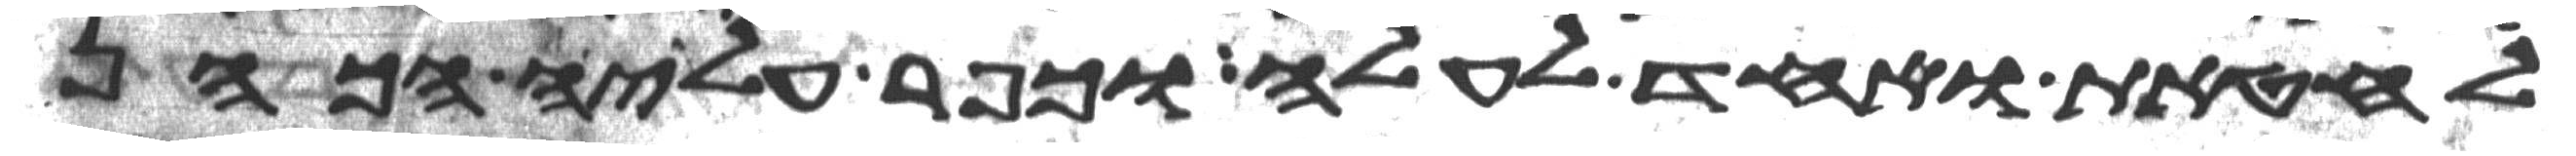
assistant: לחטאת ואחד לעלה וכפר עליה הכהן